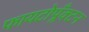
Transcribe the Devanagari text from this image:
फायटोप्लँक्टन